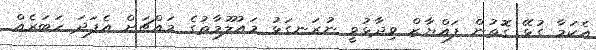
އެކަމާ ގުޅޭ ގޮތުން ފައްޔާޒް ވިދާޅުވީ ނުރަނގަޅު މައުލޫމާތުގެ މައްޗަށް އެފަދަ ހަބަރެއް